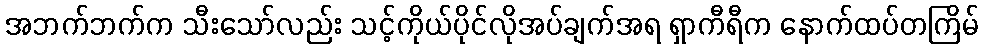
အဘက်ဘက်က သီးသော်လည်း သင့်ကိုယ်ပိုင်လိုအပ်ချက်အရ ရှာကီရီက နောက်ထပ်တကြိမ်